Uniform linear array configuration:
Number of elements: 4
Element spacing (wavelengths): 1
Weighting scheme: hamming
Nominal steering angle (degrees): -15
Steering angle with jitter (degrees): -14.577
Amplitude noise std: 0.05
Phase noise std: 0.05

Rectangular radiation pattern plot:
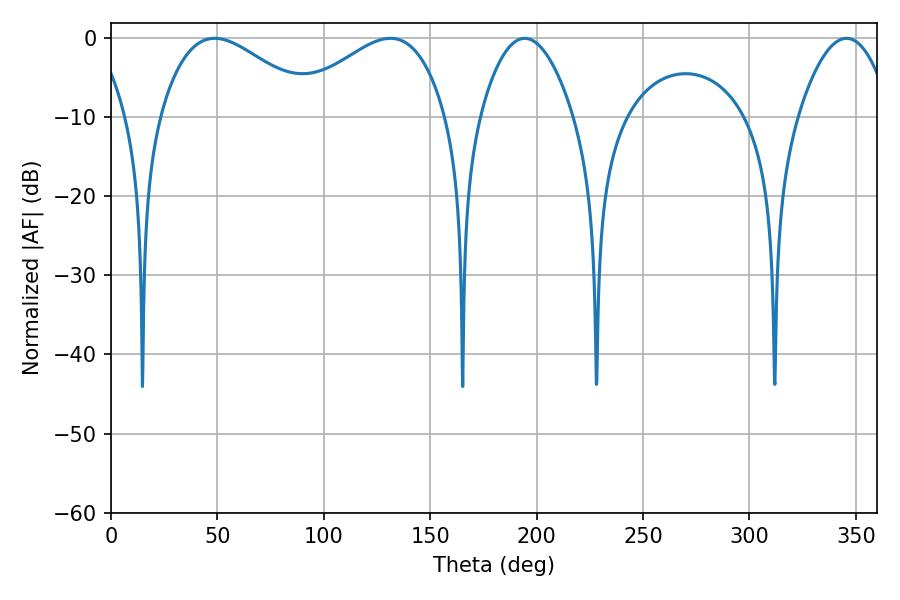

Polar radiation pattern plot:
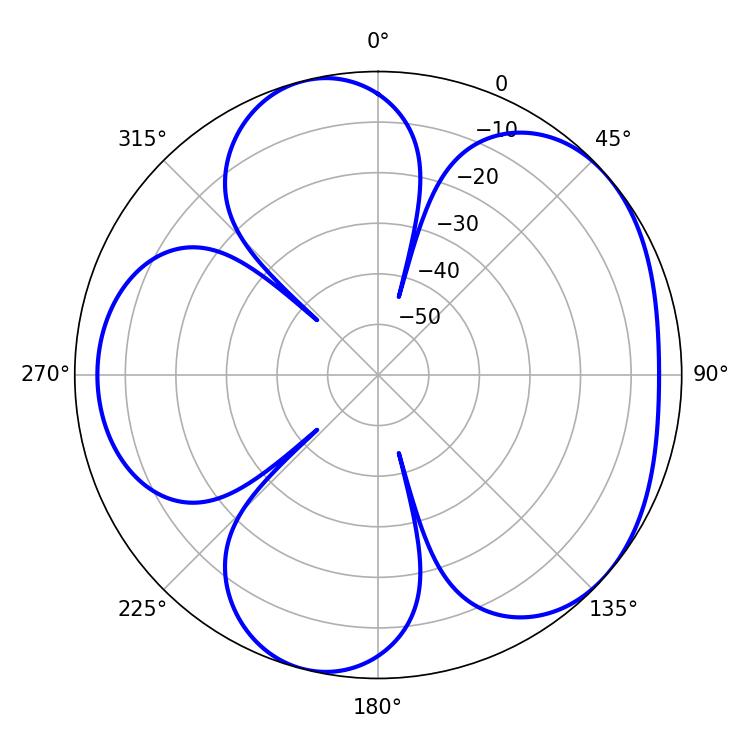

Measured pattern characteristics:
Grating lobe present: TRUE
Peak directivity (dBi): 4.815
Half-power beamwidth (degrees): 24.3
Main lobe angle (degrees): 194.4